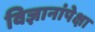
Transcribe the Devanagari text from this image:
विज्ञानांपेक्षा